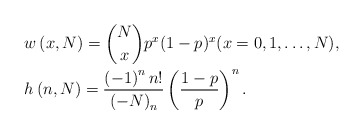
\begin{align*}& w\left( {x,N} \right) = \binom{N}{x} p^x (1-p)^x (x = 0,1, \ldots ,N ), \\ & h\left( {n,N} \right) = \frac{{\left( { - 1} \right)^n n!}}{{\left( { - N} \right)_n }}\left( {\frac{{1 - p}}{p}} \right)^n .\end{align*}